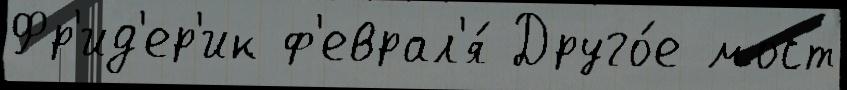
Фр'ид'ер'ик ф'еврал'я́ Друго́е мост